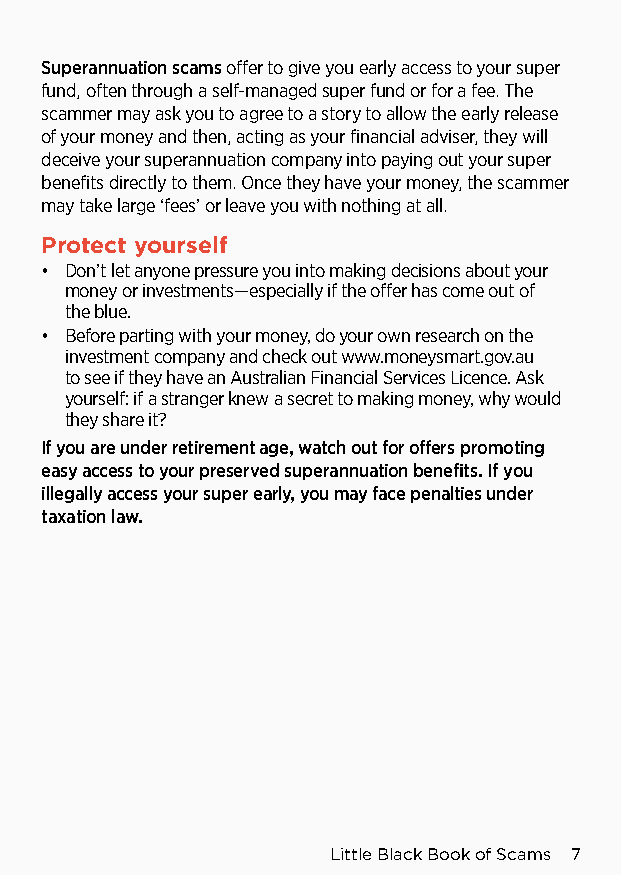
Superannuation scams offer to give you early access to your super
 fund, often through a self-managed super fund or for a fee. The
 scammer may ask you to agree to a story to allow the early release
 of your money and then, acting as your financial adviser, they will
 deceive your superannuation company into paying out your super
 benefits directly to them. Once they have your money, the scammer
 may take large ‘fees’ or leave you with nothing at all.
 Protect yourself
 • Don’t let anyone pressure you into making decisions about your
 money or investments—especially if the offer has come out of
 the blue.
 • Before parting with your money, do your own research on the
 investment company and check out www.moneysmart.gov.au
 to see if they have an Australian Financial Services Licence. Ask
 yourself: if a stranger knew a secret to making money, why would
 they share it?
 If you are under retirement age, watch out for offers promoting
 easy access to your preserved superannuation benefits. If you
 illegally access your super early, you may face penalties under
 taxation law.
 Little Black Book of Scams 7